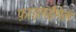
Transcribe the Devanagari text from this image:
फ़ाइलईमेल